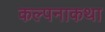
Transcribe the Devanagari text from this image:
कल्पनाकथा